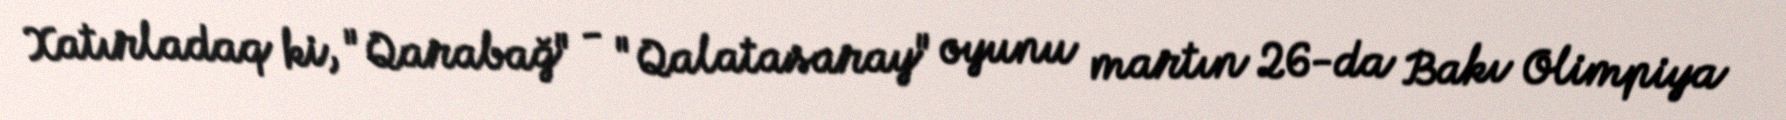
Xatırladaq ki, "Qarabağ" - "Qalatasaray" oyunu martın 26-da Bakı Olimpiya